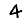
Digit: 4